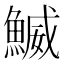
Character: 鰄